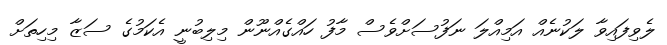
ލެވިފައިވާ ލަކުނެއް އަމިއްލަ ނަފުސަށްވެސް މާފު ހައްގެއްނޫން މިލިބުނީ އެކަމުގެ ސަޒާ މިހިތަށް